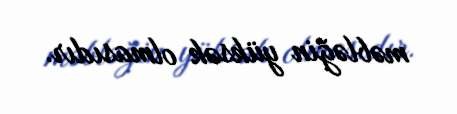
məbləğin yüksək olmasıdır.